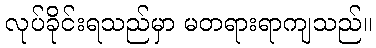
လုပ်ခိုင်းရသည်မှာ မတရားရာကျသည်။